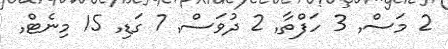
2 މަސް